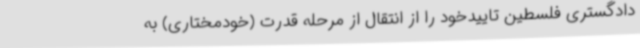
دادگستری فلسطین تاییدخود را از انتقال از مرحله قدرت (خودمختاری) به